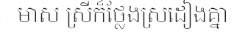
មាស ស្រីក៏ថ្លែងស្រដៀងគ្នា